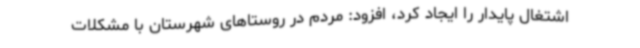
اشتغال پایدار را ایجاد کرد، افزود: مردم در روستاهای شهرستان با مشکلات